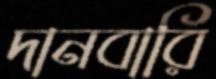
দানবারি